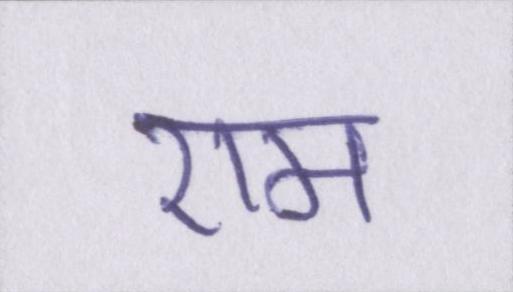
राम